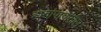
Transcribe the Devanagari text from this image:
हातांपायांतील